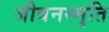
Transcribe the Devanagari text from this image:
जीबनस्मृति